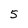
Character: 5